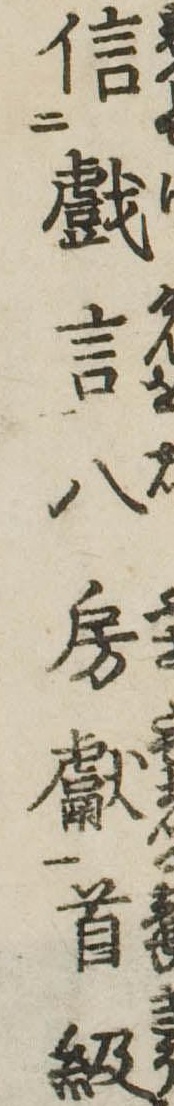
信戯言八房献首級